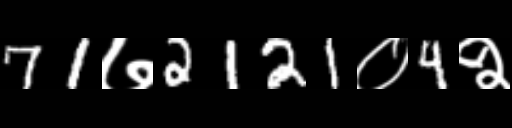
Text: 71७2121०4२